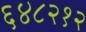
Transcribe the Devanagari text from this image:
६४८२१२